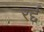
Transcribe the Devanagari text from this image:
रर्द्द